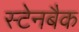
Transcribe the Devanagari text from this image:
स्टेनबैक